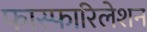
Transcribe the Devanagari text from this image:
फास्फारिलेशन